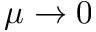
\mu \to 0